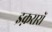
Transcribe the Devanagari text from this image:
इक़रारों